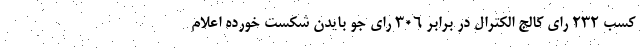
کسب ۲۳۲ رای کالج الکترال در برابر ۳۰۶ رای جو بایدن شکست خورده اعلام